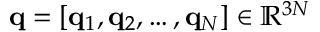
{ \mathbf q } = [ { \mathbf q } _ { 1 } , { \mathbf q } _ { 2 } , \dots , { \mathbf q } _ { N } ] \in { \mathbb R } ^ { 3 N }